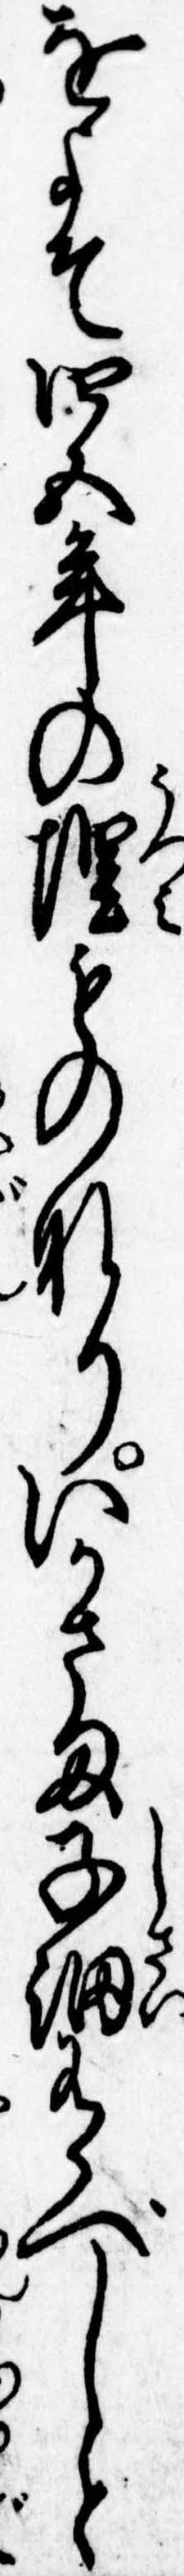
をよそ四五年の埋ものなりいかさま子細有べしと